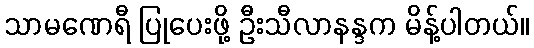
သာမဏေရီ ပြုပေးဖို့ ဦးသီလာနန္ဒက မိန့်ပါတယ်။